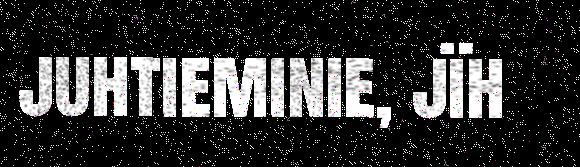
juhtieminie, jïh